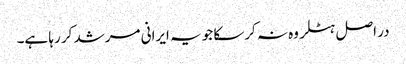
در اصل ہٹلر وه نہ کرسکا جو یہ ایرانی مرشد کر رہا ہے۔